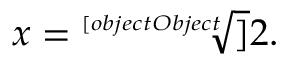
x = { \sqrt [ [object Object] ] { 2 } } .